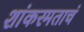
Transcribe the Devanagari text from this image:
शांकरमताचं